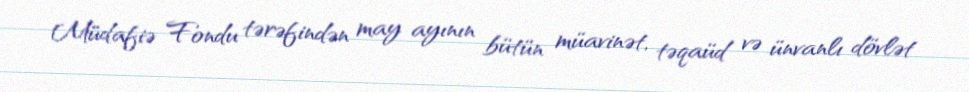
Müdafiə Fondu tərəfindən may ayının bütün müavinət, təqaüd və ünvanlı dövlət